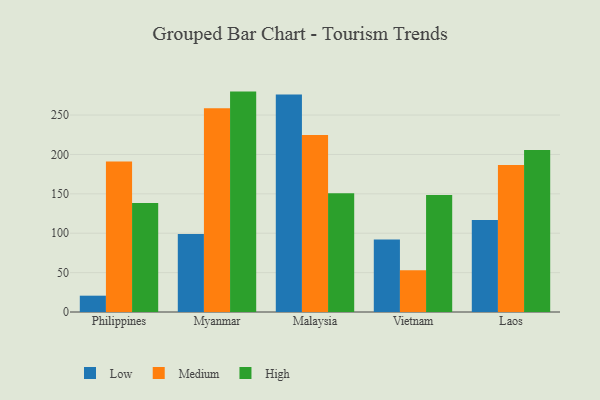
{"axis": {"x": "Country", "y": "Customer Acquisition Cost (USD)"}, "legend": ["High", "Low", "Medium"], "data": [{"x": "Philippines", "y": 20.7, "type": "Low"}, {"x": "Philippines", "y": 191.2, "type": "Medium"}, {"x": "Philippines", "y": 138.4, "type": "High"}, {"x": "Myanmar", "y": 99.0, "type": "Low"}, {"x": "Myanmar", "y": 258.6, "type": "Medium"}, {"x": "Myanmar", "y": 279.8, "type": "High"}, {"x": "Malaysia", "y": 276.0, "type": "Low"}, {"x": "Malaysia", "y": 224.7, "type": "Medium"}, {"x": "Malaysia", "y": 150.6, "type": "High"}, {"x": "Vietnam", "y": 92.1, "type": "Low"}, {"x": "Vietnam", "y": 53.0, "type": "Medium"}, {"x": "Vietnam", "y": 148.5, "type": "High"}, {"x": "Laos", "y": 116.8, "type": "Low"}, {"x": "Laos", "y": 186.5, "type": "Medium"}, {"x": "Laos", "y": 205.6, "type": "High"}]}